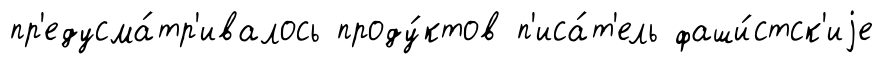
пр'едусма́тр'ивалось проду́ктов п'иса́т'ель фаши́стск'иjе